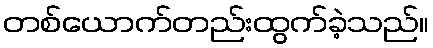
တစ်ယောက်တည်းထွက်ခဲ့သည်။